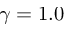
\gamma = 1 . 0